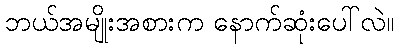
ဘယ်အမျိုးအစားက နောက်ဆုံးပေါ်လဲ။